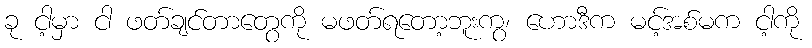
ခု ငါ့မှာ ငါ ဖတ်ချင်တာတွေကို မဖတ်ရတော့ဘူးကွ၊ ဟောဒီက မင့်အစ်မက ငါ့ကို